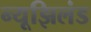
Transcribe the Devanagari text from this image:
न्यूझिलंड